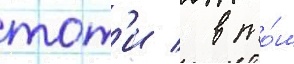
тот'и / в то́м